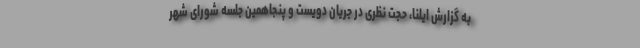
به گزارش ایلنا، حجت نظری در جریان دویست و پنجاهمین جلسه شورای شهر